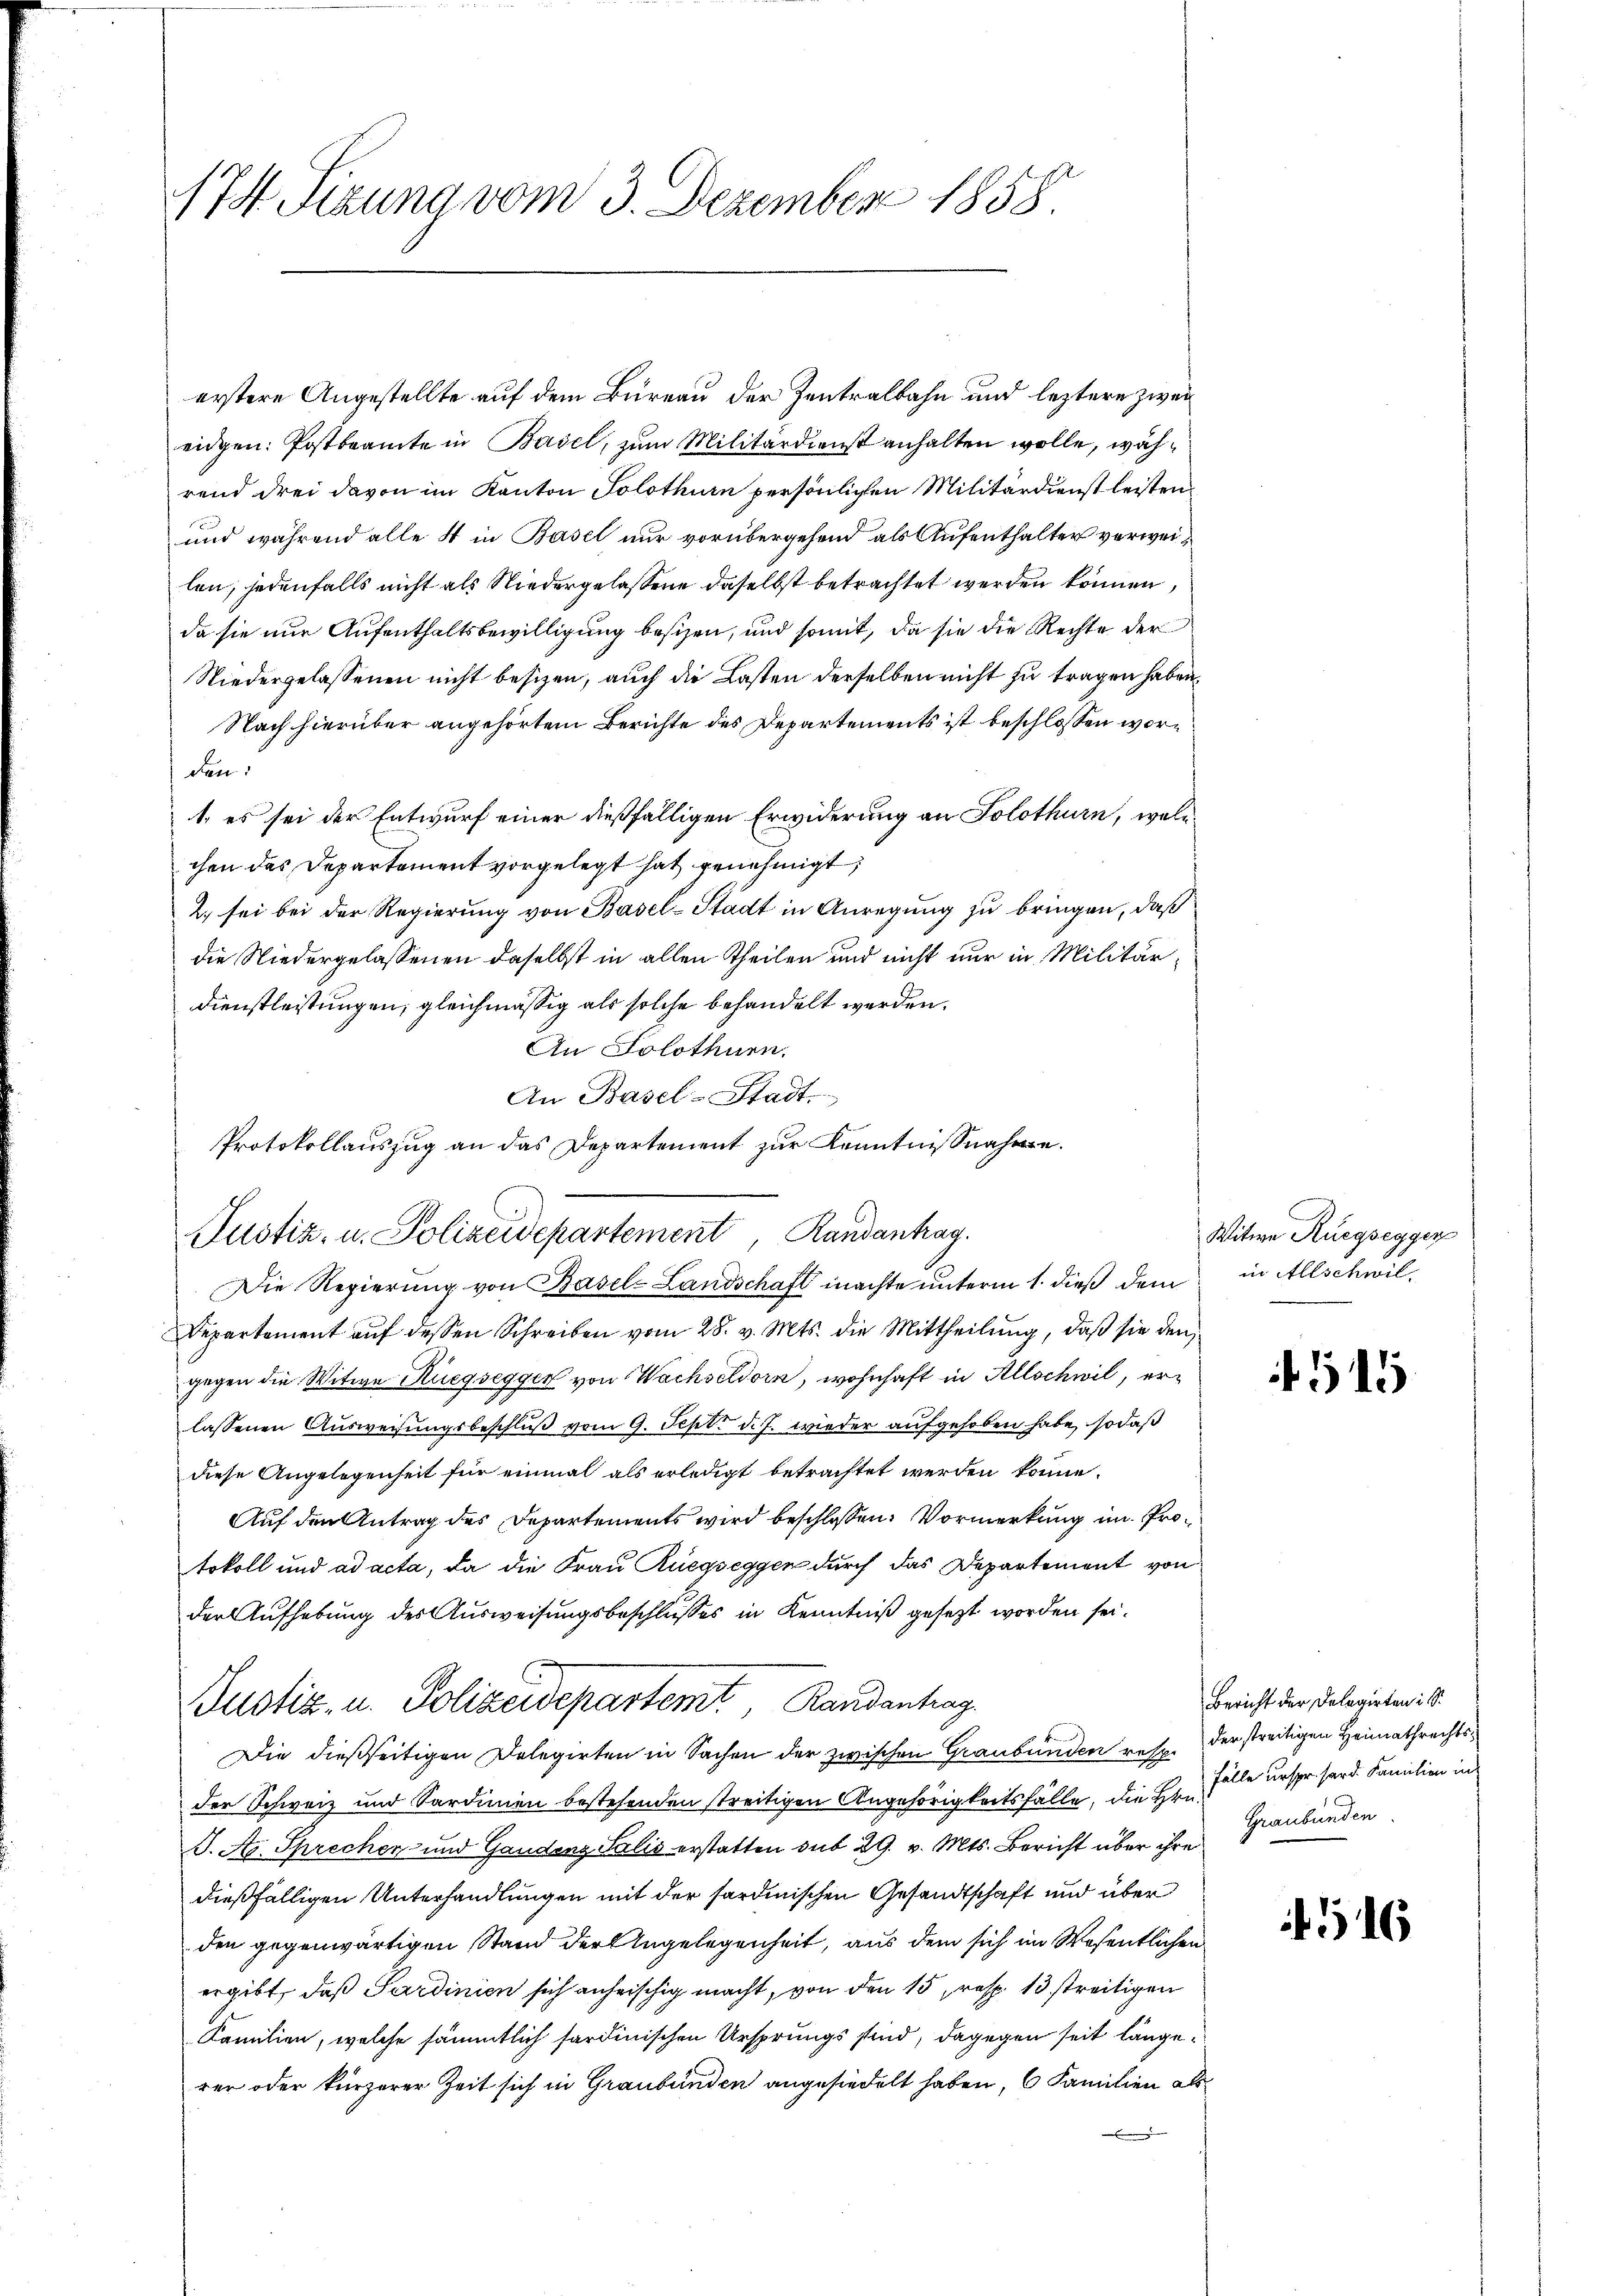
74. Sizung vom 3. Dezember 1858

erstere Angestellte auf dem Bureau der Zentralbahn und leztere zweieidgen: Postbeamte in Basel, zum Militärdienst anhalten wolle, während drei davon im Kanton Solothurn persönlichen Militärdienst leisten
und während alle 4 in Basel nur vorübergehend als Aufenthalter verweilen, jedenfalls nicht als Niedergelassene daselbst betrachtet werden können,
da sie nur Aufenthaltsbewilligung besizen, und somit, da sie die Rechte der
Niedergelassenen nicht besizen, auch die Lasten derselben nicht zu tragen haben.
Nach hierüber angehörtem Berichte des Departements ist beschlossen worden:
1. es sei der Entwurf einer dießfälligen Erwiderung an Solothurn, welcchen das Departement vorgelegt hat genehmigt;
2. sei bei der Regierung von Basel-Stadt in Anregung zu bringen, daß
die Niedergelassenen daselbst in allen Theilen und nicht nur in Militär¬
Dienstleistungen, gleichmässig als solche behandelt werden.
An Solothurn.
An Basel-Stadt.
Protokollauszug an das Departement zur Kenntnisnahme.
Justiz- u. Polizeidepartement, Randanhag
Die Regierung von Basel-Landschaft machte unterm 1. dieß dem
Departement auf dessen Schreiben vom 28. v. Mts. die Mittheilung, daß sie den
gegen die Witwe Ruegsegger von Wachseldorn, wohnhaft in Allschwil, erlassenen Aŭsweisŭngsbeschlŭβ vom 9. Sept. d. J. wieder aufgehoben habe, so daß
diese Angelegenheit für einmal als erledigt betrachtet werden könne.
Auf den Antrag des Departements wird beschlossen: Vormerkung im Protokoll und ad acta, da die Frau Ruegseggen durch das Departement von
der Aufhebung des Ausweisungsbeschlußes in Kenntniß gesezt worden sei.
Justiz, u. Polizeidepartemt Randenhag
Die dießseitigen Delegirten in Sachen der zwischen Graubünden resp. der streitigen Heimathrechtsder Schweiz und Sardinien bestehenden streitigen Angehörigkeitsfälle, die Hrn.
J. A. Sprechen und Gaudenz Salis erstatten sub 29. v. Mts. Bericht über ihre
dießfälligen Unterhandlungen mit der sardinischen Gesandtschaft und über
den gegenwärtigen Stand der Angelegenheit, aus dem sich im Wesentlichen
ergibt, daß Sardinien sich anheischig macht, von den 15, resp. 13 streitigen
Familien, welche sämmtlich sardinischen Ursprungs sind, dagegen seit langerer oder kürzerer Zeit sich in Graubünden angesiedelt haben, 6 Familien als
e

Witwe Ruegsegger
in Allschwil

f 515

Bericht der Delegirten i S.
Fälle urspr. sard. Familien in
Graubünden.

516